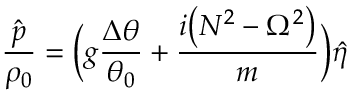
\frac { \hat { p } } { \rho _ { 0 } } = \biggl ( g \frac { \Delta \theta } { \theta _ { 0 } } + \frac { i \bigl ( N ^ { 2 } - \Omega ^ { 2 } \bigl ) } { m } \biggl ) \hat { \eta }